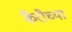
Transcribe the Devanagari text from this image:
कैरीच्या